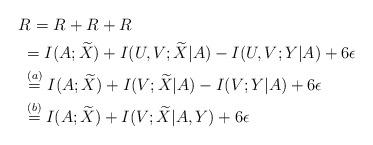
LaTeX: \begin{align*}&R_{} = R_{} + R_{} + R_{}\\&\;= I(A;\widetilde{X}) + I(U, V;\widetilde{X}|A)-I(U,V;Y|A)+6\epsilon\\&\; \overset{(a)}{=} I(A;\widetilde{X}) + I(V;\widetilde{X}|A)-I(V;Y|A)+6\epsilon\\&\;\overset{(b)}{=} I(A;\widetilde{X}) + I(V;\widetilde{X}|A,Y)+6\epsilon\end{align*}